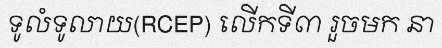
ទូលំទូលាយ(RCEP) លើកទី៣ រួចមក នា